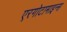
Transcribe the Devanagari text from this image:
एरगोटामाइन्स